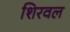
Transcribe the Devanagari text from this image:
शिरवल